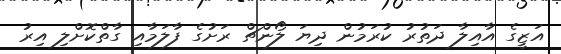
އަޒީގެ އާއިލާ ދަތުރު ކުރަމުން ދިޔަ ލޯންޗް ރަށުގެ ފާލަމާއި ގާތްކޮށްލި އިރު